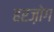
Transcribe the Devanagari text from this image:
हरज़ोग